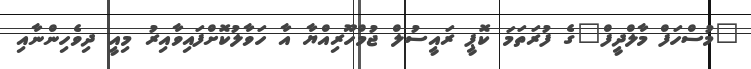
"މުސްހަފް މާލްދީފް"ގެ ފުރަތަމަ ކޮޕީ ރައީސުލް ޖުމްހޫރިއްޔާ އާ ހަވާލުކޮށްފައިވާއިރު މިއީ ދިވެހިންނާއި